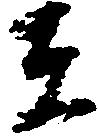
在